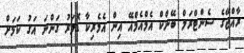
ރާއްޖޭގެ ސެންޓްރަލް ބޭންކް އެމްއެމްއޭ އިން އެމެރިކާ ޑޮލަރު ގަންނަ އަގު ކަމަށް